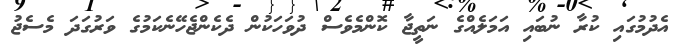
އެދުމުގައި ކުރާ ނުބައި އަމަލެއްގެ ނަތީޖާ ކޮންމެވެސް ދުވަހަކުން ދެކެންޖެހޭނެކަމުގެ ވަރުގަދަ މެސެޖު